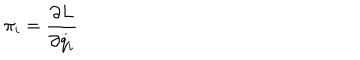
\pi _ { i } = \frac { \partial L } { \partial \stackrel { . . } { q } _ { i } }